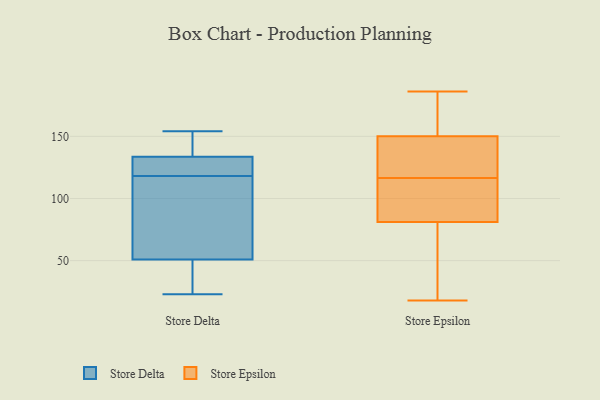
{"axis": {"x": "Bounce Rate (%)", "y": "Value"}, "legend": ["Store Delta", "Store Epsilon"], "data": [{"x": "", "y": 53, "type": "Store Delta"}, {"x": "", "y": 56, "type": "Store Delta"}, {"x": "", "y": 118, "type": "Store Delta"}, {"x": "", "y": 129, "type": "Store Delta"}, {"x": "", "y": 23, "type": "Store Delta"}, {"x": "", "y": 45, "type": "Store Delta"}, {"x": "", "y": 36, "type": "Store Delta"}, {"x": "", "y": 127, "type": "Store Delta"}, {"x": "", "y": 141, "type": "Store Delta"}, {"x": "", "y": 131, "type": "Store Delta"}, {"x": "", "y": 154, "type": "Store Delta"}, {"x": "", "y": 80, "type": "Store Delta"}, {"x": "", "y": 153, "type": "Store Delta"}, {"x": "", "y": 71, "type": "Store Epsilon"}, {"x": "", "y": 174, "type": "Store Epsilon"}, {"x": "", "y": 150, "type": "Store Epsilon"}, {"x": "", "y": 18, "type": "Store Epsilon"}, {"x": "", "y": 89, "type": "Store Epsilon"}, {"x": "", "y": 127, "type": "Store Epsilon"}, {"x": "", "y": 177, "type": "Store Epsilon"}, {"x": "", "y": 86, "type": "Store Epsilon"}, {"x": "", "y": 59, "type": "Store Epsilon"}, {"x": "", "y": 135, "type": "Store Epsilon"}, {"x": "", "y": 105, "type": "Store Epsilon"}, {"x": "", "y": 114, "type": "Store Epsilon"}, {"x": "", "y": 81, "type": "Store Epsilon"}, {"x": "", "y": 119, "type": "Store Epsilon"}, {"x": "", "y": 43, "type": "Store Epsilon"}, {"x": "", "y": 186, "type": "Store Epsilon"}, {"x": "", "y": 131, "type": "Store Epsilon"}, {"x": "", "y": 164, "type": "Store Epsilon"}]}